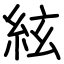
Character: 絃